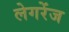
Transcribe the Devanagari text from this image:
लेगरेंज